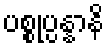
ပစ္စုပ္ပန္နာနိ